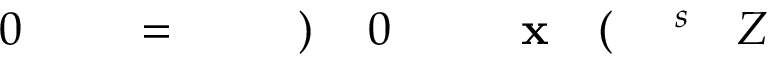
Z \! \! \! \! \! \! \! \! \! \! \! \! ^ { s } \! \! \! \! \! \! \! \! \! \! \! \! ( \! \! \! \! \! \! \! \! \! \! \! \! \mathbf { x } \! \! \! \! \! \! \! \! \! \! \! \! _ { \! } \! \! \! \! \! \! \! \! \! \! \! 0 \! \! \! \! \! \! \! \! \! \! \! \! ) \! \! \! \! \! \! \! \! \! \! \! \! \! \! \! \! \! \! \! \! \! \! \! \! = \! \! \! \! \! \! \! \! \! \! \! \! \! \! \! \! \! \! \! \! \! \! \! \! 0 \! \! \! \! \! \! \! \! \! \! \!